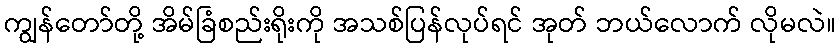
ကျွန်တော်တို့ အိမ်ခြံစည်းရိုးကို အသစ်ပြန်လုပ်ရင် အုတ် ဘယ်လောက် လိုမလဲ။